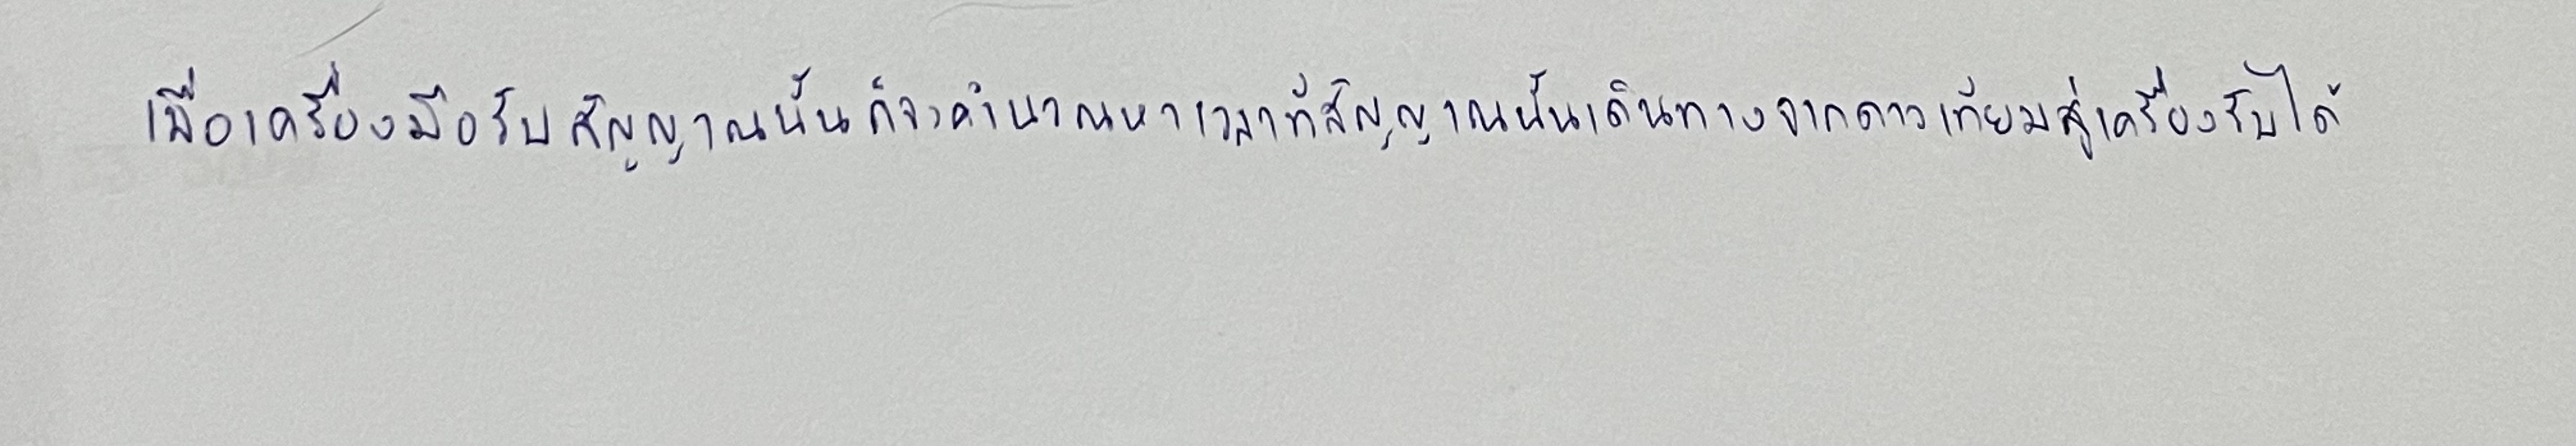
เมื่อเครื่องรับสัญญาณนั้นก็จะคำนวณหาเวลาที่สัญญาณนั้นเดินทางจากดาวเทียมสู่เครื่องรับได้